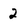
Character: 2